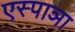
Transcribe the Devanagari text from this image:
एस्पाञा